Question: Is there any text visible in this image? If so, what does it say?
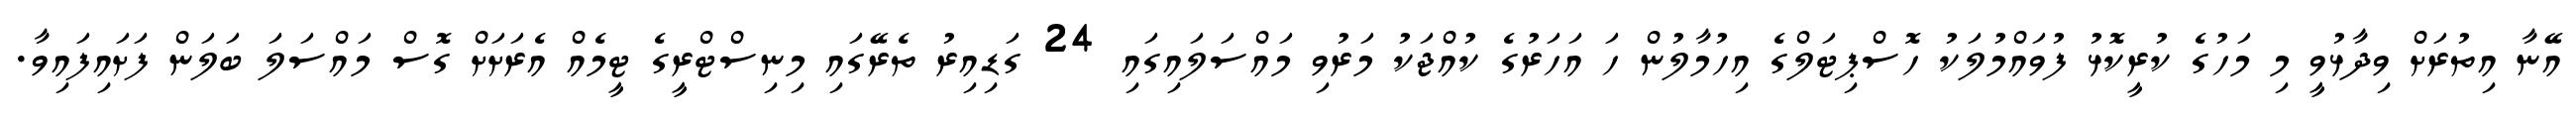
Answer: އޭނާ އިތުރަށް ވިދާޅުވީ މި މަހުގެ ކުރީކޮޅު ފުވައްމުލަކު ހޮސްޕިޓަލްގެ އިހުމާލުން ހަ އަހަރުގެ ކުއްޖަކު މަރުވި މައްސަލައިގައި 24 ގަޑިއިރު ތެރޭގައި މިނިސްޓްރީގެ ޓީމެއް އެރަށަށް ގޮސް މައްސަލަ ބަލަން ފަށައިފައިވާ.